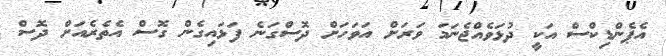
އެޕެންޑިކްސް އަކީ ދުޅަވެއްޖެނަމަ ވަރަށް އަވަހަށް ދޮސްގަނެ ފަޅައިގެން ގޮސް އެތެރެއަށް ދޮސް